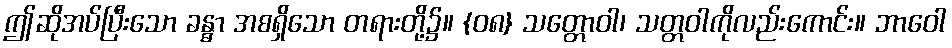
ဤဆိုအပ်ပြီးသော ခန္ဓာ အစရှိသော တရားတို့၌။ {၀၈} သတ္တောဝါ၊ သတ္တဝါကိုလည်းကောင်း။ ဘာဝေါ